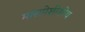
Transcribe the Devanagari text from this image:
मांसपेशीशोथ